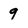
Character: 9